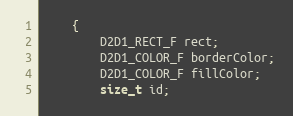
Language: C
    {
        D2D1_RECT_F rect;
        D2D1_COLOR_F borderColor;
        D2D1_COLOR_F fillColor;
        size_t id;